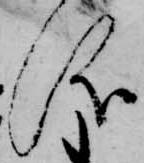
儀